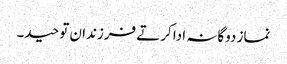
نماز دوگانہ ادا کرتے فرزندان توحید۔